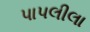
પાપલીલા